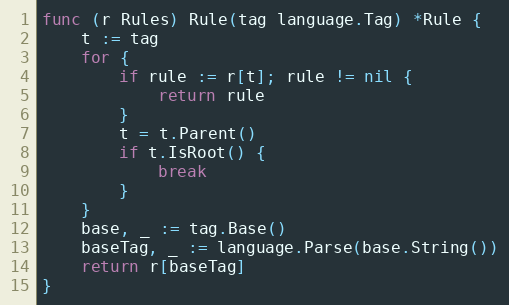
Language: Go
func (r Rules) Rule(tag language.Tag) *Rule {
	t := tag
	for {
		if rule := r[t]; rule != nil {
			return rule
		}
		t = t.Parent()
		if t.IsRoot() {
			break
		}
	}
	base, _ := tag.Base()
	baseTag, _ := language.Parse(base.String())
	return r[baseTag]
}